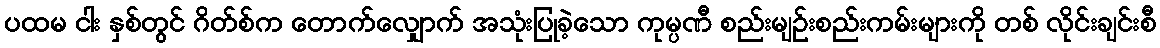
ပထမ ငါး နှစ်တွင် ဂိတ်စ်က တောက်လျှောက် အသုံးပြုခဲ့သော ကုမ္ပဏီ စည်းမျဉ်းစည်းကမ်းများကို တစ် လိုင်းချင်းစီ